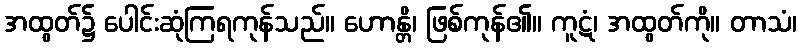
အထွတ်၌ ပေါင်းဆုံကြရကုန်သည်။ ဟောန္တိ၊ ဖြစ်ကုန်၏။ ကူဋံ၊ အထွတ်ကို။ တာသံ၊